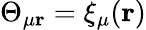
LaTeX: \Theta_{\mu\mathbf{r}}=\xi_{\mu}(\mathbf{r})